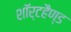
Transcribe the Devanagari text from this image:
शॉर्टहैण्ड